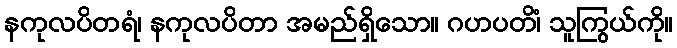
နကုလပိတရံ၊ နကုလပိတာ အမည်ရှိသော။ ဂဟပတိံ၊ သူကြွယ်ကို။